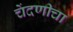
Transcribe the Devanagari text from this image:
चेंदणीचा